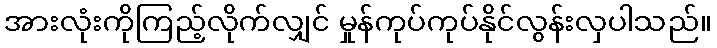
အားလုံးကိုကြည့်လိုက်လျှင် မှုန်ကုပ်ကုပ်နိုင်လွန်းလှပါသည်။